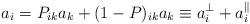
LaTeX: \begin{align*}a_i = P_{ik} a_k + (1-P)_{ik}a_k \equiv a^{\perp}_i +a^{\parallel}_i\end{align*}